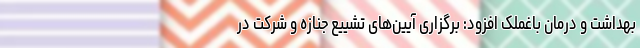
بهداشت و درمان باغملک افزود: برگزاری آیین‌های تشییع جنازه و شرکت در